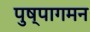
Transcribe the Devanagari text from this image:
पुष्पागमन